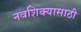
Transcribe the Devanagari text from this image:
नवशिक्यासाठी